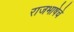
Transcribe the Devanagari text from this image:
राजभाषेचे